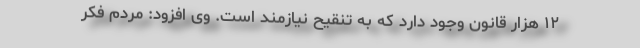
۱۲ هزار قانون وجود دارد که به تنقیح نیازمند است. وی افزود: مردم فکر